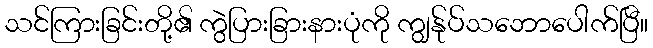
သင်ကြားခြင်းတို့၏ ကွဲပြားခြားနားပုံကို ကျွန်ုပ်သဘောပေါက်ပြီ။